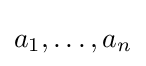
a_{1},\ldots ,a_{n}